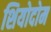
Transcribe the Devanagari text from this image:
शियोदोम